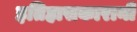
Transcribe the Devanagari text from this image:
इतिहासकारानी